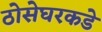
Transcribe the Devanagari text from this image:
ठोसेघरकडे